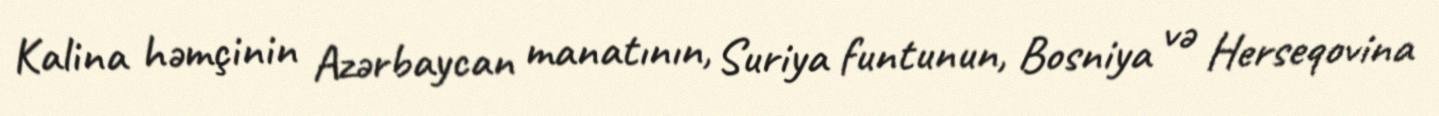
Kalina həmçinin Azərbaycan manatının, Suriya funtunun, Bosniya və Herseqovina